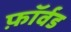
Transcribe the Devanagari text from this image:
फ़ॉर्वड